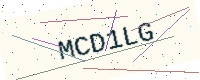
Text: MCD1LG